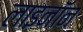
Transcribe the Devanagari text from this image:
लाइनॉन